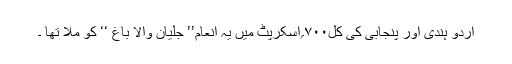
اردو ہندی اور پنجابی کی کل۷۰۰؍اسکرپٹ میں یہ انعام’’ جلیان والا باغ ‘‘ کو ملا تھا ۔